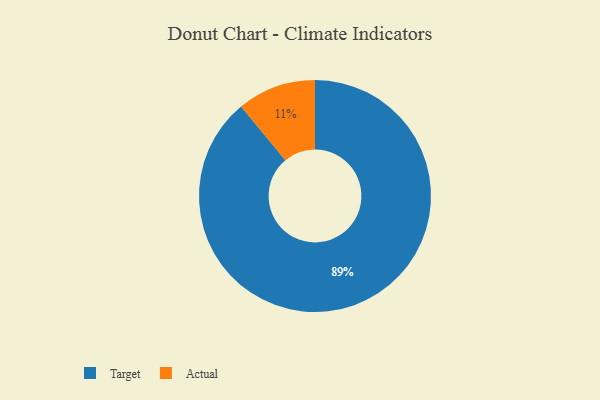
{"axis": {"x": "Category", "y": "Percentage"}, "legend": ["Actual", "Target"], "data": [{"x": "Actual", "y": 11, "type": "Actual"}, {"x": "Target", "y": 89, "type": "Target"}]}